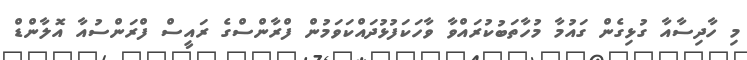
މި ހާދިސާއާ ގުޅިގެން ގައުމާ މުހާތަބުކުރައްވާ ވާހަކަފުޅުދައްކަވަމުން ފްރާންސްގެ ރައީސް ފްރަންސުއާ އޮލާންޑް